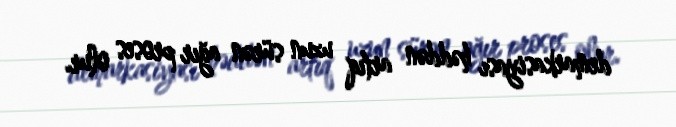
demarkasiyası həddən artıq uzun sürən ağır proses olur.